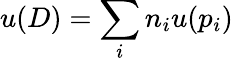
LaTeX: u(D)=\sum_{i}n_{i}u(p_{i})